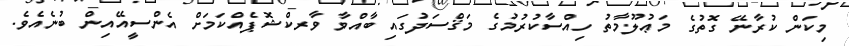
މިކަން ކުރާނޭ ގޮތުގެ މަޢުލޫމާތު ހިއްސާކުރުމުގެ މަޤްސަދުގައި ބާއްވާ ވާރކްޝޮޕެއްކަމަށް އެންސީއޭއިން ބުނެއެވެ.